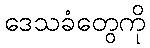
ဒေသခံတွေကို